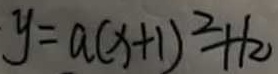
y = a ( x + 1 ) ^ { 2 } + k